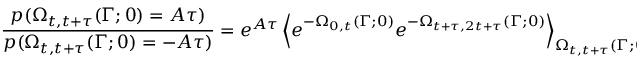
\frac { p ( \Omega _ { t , t + \tau } ( \Gamma ; 0 ) = A \tau ) } { p ( \Omega _ { t , t + \tau } ( \Gamma ; 0 ) = - A \tau ) } = e ^ { A \tau } \left< e ^ { - \Omega _ { 0 , t } ( \Gamma ; 0 ) } e ^ { - \Omega _ { t + \tau , 2 t + \tau } ( \Gamma ; 0 ) } \right> _ { \Omega _ { t , t + \tau } ( \Gamma ; 0 ) = - A \tau } .